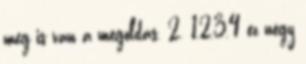
meg is van a megoldás. 2. 1,2,3,4 ez négy